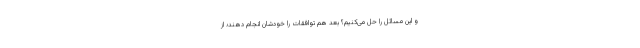
و این مسائل را حل می‌کنیم؟ بعد هم توافقات را خودشان انجام دهند؛ از